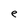
Character: e